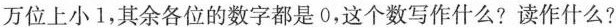
万位上小1，其余各位的数字都是0，这个数写作什么?读作什么?